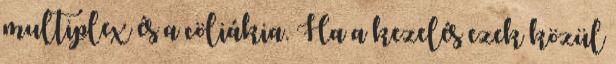
multiplex és a cöliákia. Ha a kezelés ezek közül